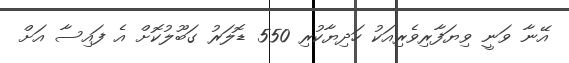
އޭނާ ވަނީ ވިޔަފާރިވެރިއަކު ހަދިޔާކުރި 550 ޑޮލަރު ގަބޫލުކޮށް އެ ފައިސާ އަށް